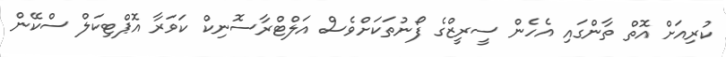
ކުރިއަށް އޮތް ތާންގައި އެހެން ސީރީޒްގެ ފޯނުތަކަށްވެސް އަލްޓްރާސޮނިކް ކަވަރާ އޮޕްޓިކަލް ސްކޭން